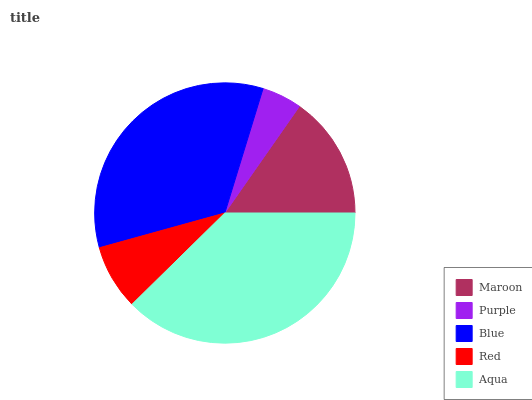
| Maroon | Purple | Blue | Red | Aqua |
 | --- | --- | --- | --- | --- |
 | 15.3% | 4.97% | 34.1% | 8.07% | 37.6% |